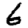
Digit: 6